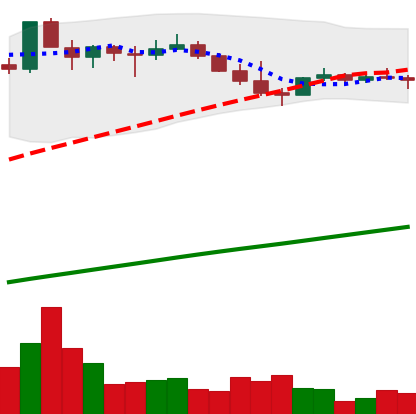
Ticker: DOGE-USD
Chart end date: 2021-03-31
Forward return: 11.255%
Label: up_7plus